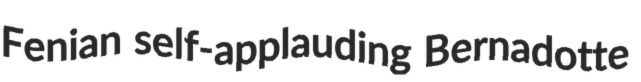
Fenian self-applauding Bernadotte